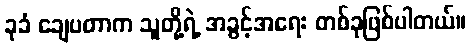
ခုခံ ချေပတာက သူတို့ရဲ့ အခွင့်အရေး တစ်ခုဖြစ်ပါတယ်။